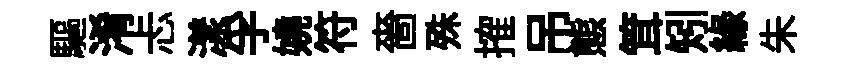
驅淆忐漾孚嬈符嗇殊搉吊態䇯矧緣朱